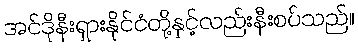
အင်ဒိုနီးရှားနိုင်ငံတို့နှင့်လည်းနီးစပ်သည်။